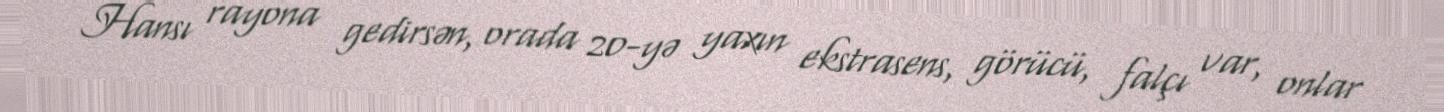
Hansı rayona gedirsən, orada 20-yə yaxın ekstrasens, görücü, falçı var, onlar